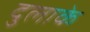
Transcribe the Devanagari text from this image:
दुलाके